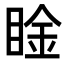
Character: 𥇶